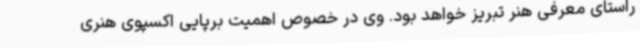
راستای معرفی هنر تبریز خواهد بود. وی در خصوص اهمیت برپایی اکسپوی هنری